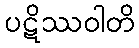
ပဋိဿဝါတိ